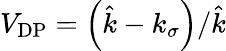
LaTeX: V_{\mathrm{DP}}=\left(\hat{k}-k_{\sigma}\right)/\hat{k}